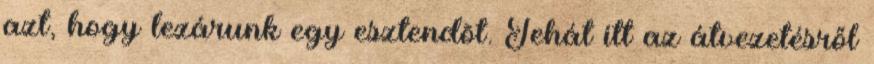
azt, hogy lezárunk egy esztendõt. Tehát itt az átvezetésről